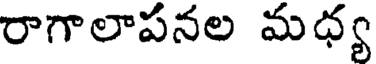
రాగాలాపనల మధ్య